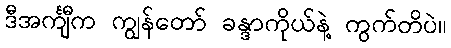
ဒီအင်္ကျီက ကျွန်တော် ခန္ဒာကိုယ်နဲ့ ကွက်တိပဲ။